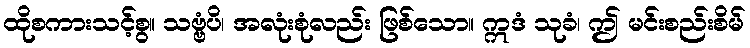
ထိုစကားသင့်စွ။ သဗ္ဗံပိ၊ အလုံးစုံလည်း ဖြစ်သော။ ဣဒံ သုခံ၊ ဤ မင်းစည်းစိမ်